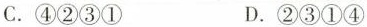
C.④②③① D.②③①④